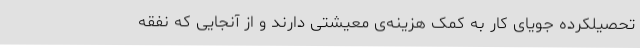
تحصیلکرده جویای کار به کمک هزینه‌ی معیشتی دارند و از آنجایی که نفقه